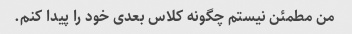
من مطمئن نیستم چگونه کلاس بعدی خود را پیدا کنم.